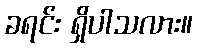
ခရင်း ရှိပါသလား။